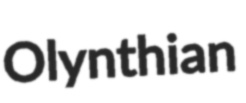
Olynthian